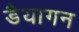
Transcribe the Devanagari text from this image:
डैयागन